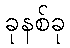
ခုနစ်ခု